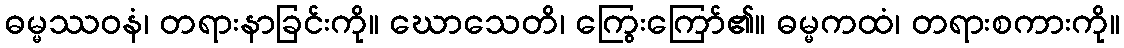
ဓမ္မဿဝနံ၊ တရားနာခြင်းကို။ ဃောသေတိ၊ ကြွေးကြော်၏။ ဓမ္မကထံ၊ တရားစကားကို။